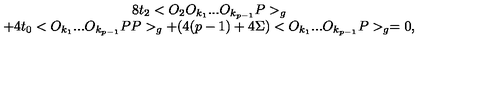
\begin{array} { c } { 8 t _ { 2 } < O _ { 2 } O _ { k _ { 1 } } . . . O _ { k _ { p - 1 } } P > _ { g } } \\ { + 4 t _ { 0 } < O _ { k _ { 1 } } . . . O _ { k _ { p - 1 } } P P > _ { g } + ( 4 ( p - 1 ) + 4 \Sigma ) < O _ { k _ { 1 } } . . . O _ { k _ { p - 1 } } P > _ { g } = 0 , } \\ \end{array}